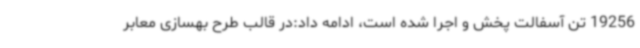
19256 تن آسفالت پخش و اجرا شده است، ادامه داد:در قالب طرح بهسازی معابر